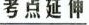
\underline{考点延伸}